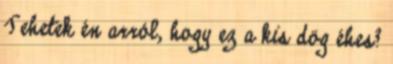
Tehetek én arról, hogy ez a kis dög éhes?